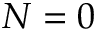
N = 0